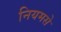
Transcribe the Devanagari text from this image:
नियमसे